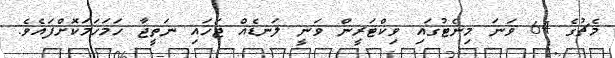
މެޗުގެ 64 ވަނަ މިނެޓުގައި ވިކްޓަރީން ވަނީ ލަނޑެއް ޖަހައި ނަތީޖާ ހަމަހަމަކޮށްފައެވެ.